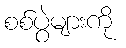
စစ်ပွဲများကို